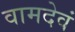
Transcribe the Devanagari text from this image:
वामदेवं